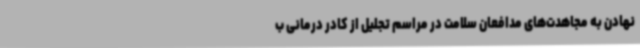
نهادن به مجاهدت‌های مدافعان سلامت در مراسم تجلیل از کادر درمانی ب